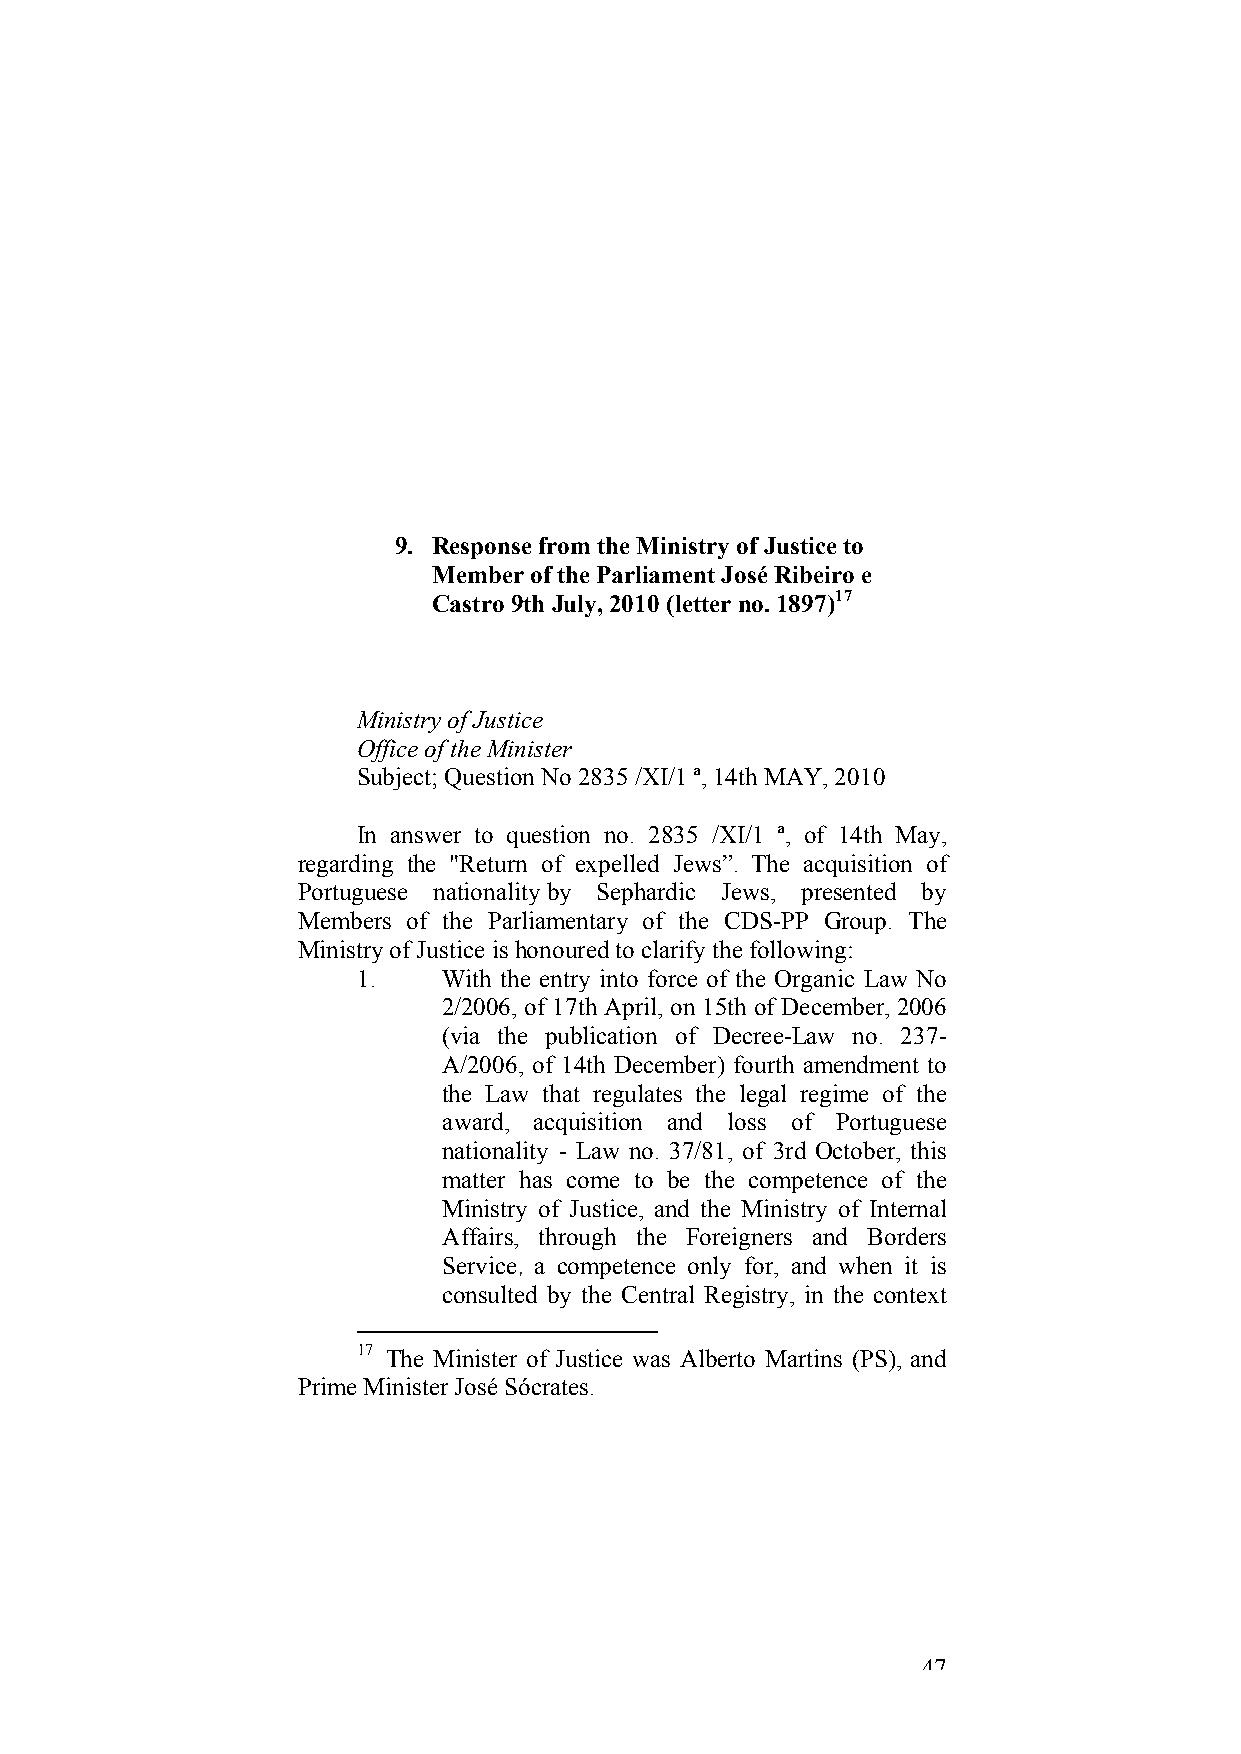
9. Response from the Ministry of Justice to
 Member of the Parliament José Ribeiro e
 Castro 9th July, 2010 (letter no. 1897)17
 Ministry of Justice
 Office of the Minister
 Subject; Question No 2835 /XI/1 ª, 14th MAY, 2010
 In answer to question no. 2835 /XI/1 ª, of 14th May,
 regarding the "Return of expelled Jews”. The acquisition of
 Portuguese nationality by Sephardic Jews, presented by
 Members of the Parliamentary of the CDS-PP Group. The
 Ministry of Justice is honoured to clarify the following:
 1.   With the entry into force of the Organic Law No
 2/2006, of 17th April, on 15th of December, 2006
 (via the publication of Decree-Law no. 237-
 A/2006, of 14th December) fourth amendment to
 the Law that regulates the legal regime of the
 award, acquisition and loss of Portuguese
 nationality - Law no. 37/81, of 3rd October, this
 matter has come to be the competence of the
 Ministry of Justice, and the Ministry of Internal
 Affairs, through the Foreigners and Borders
 Service, a competence only for, and when it is
 consulted by the Central Registry, in the context
 17 The Minister of Justice was Alberto Martins (PS), and
 Prime Minister José Sócrates.
 47